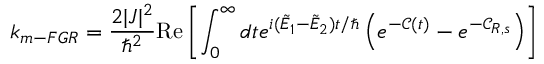
k _ { m - F G R } = \frac { 2 | J | ^ { 2 } } { \hbar ^ { 2 } } \mathrm { R e } \left[ \int _ { 0 } ^ { \infty } d t e ^ { i ( \tilde { E } _ { 1 } - \tilde { E } _ { 2 } ) t / \hbar } \left( e ^ { - { \mathcal C } ( t ) } - e ^ { - { \mathcal C } _ { R , s } } \right) \right]